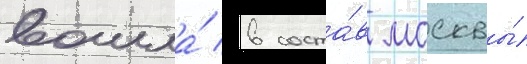
вошла́ в соста́в москвы́